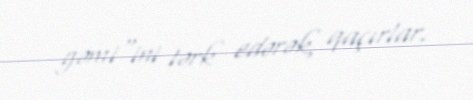
gəmi"ini tərk edərək, qaçırlar.